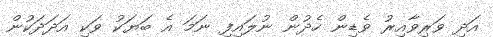
އަދި ވަރިވާއިރު ވެޑިން ހެދުން ނުލައިފި ނަމަ އެ ބަޔަކު ވަކި އަދަދަކުން